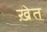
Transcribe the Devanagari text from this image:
ख़ेत